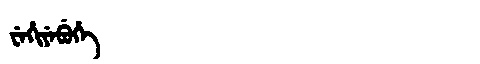
Manchu: ᠸᡝᡥᡳᠶᡝᠪᡠᡥᡝ
Romanization: WEHIYEBUHE